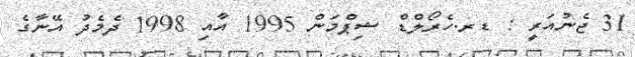
31 ޖެނުއަރީ : ޑރ.ހެރޯލްޑް ޝިޕްމަން 1995 އާއި 1998 ދެމެދު އޭނާގެ